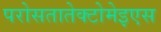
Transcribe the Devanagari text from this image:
परोसतातेक्टोमेइएस